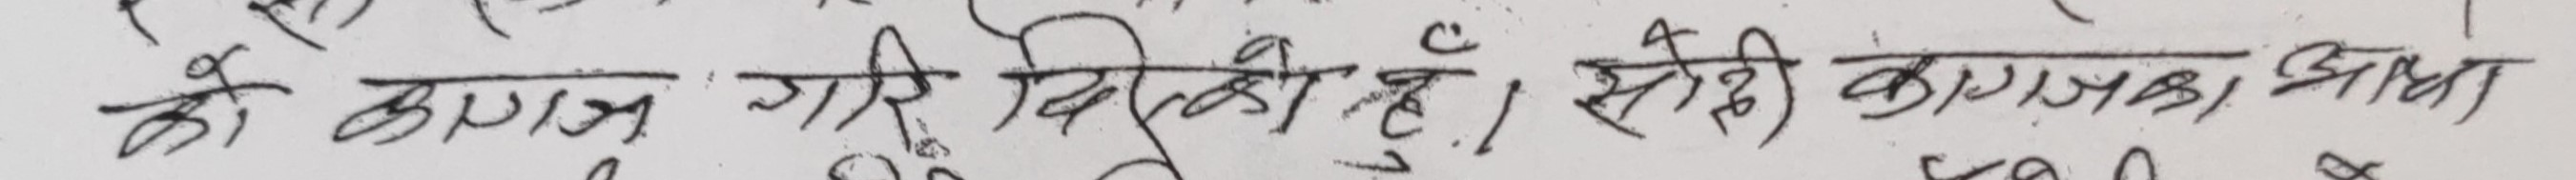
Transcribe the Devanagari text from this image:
को कागज गरि दिनुहोस, सही कागजात झिका